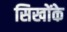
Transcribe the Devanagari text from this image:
सिखोंके